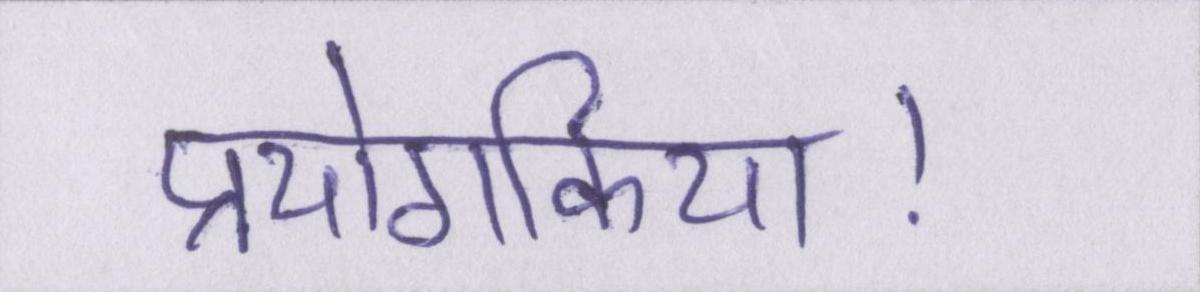
प्रयोगकिया।